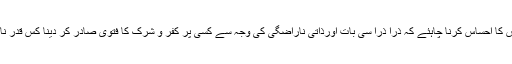
لہذا ان لوگوں کو خود اس کا احساس کرنا چاہئے کہ ذرا ذرا سی بات اورذاتی ناراضگی کی وجہ سے کسی پر کفر و شرک کا فتویٰ صادر کر دینا کس قدر ناپسندیدگی کا باعث ہوگا۔